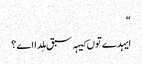
‏“‏
ایہدے توں کیہہ سبق مِلدا اے؟